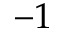
- 1